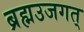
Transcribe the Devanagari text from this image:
ब्रह्मउजगत्